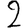
Digit: 2